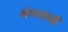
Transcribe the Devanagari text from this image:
बंधनाची